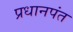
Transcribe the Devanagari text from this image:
प्रधानपंत